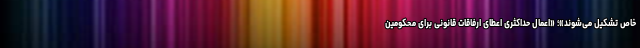
خاص تشکیل می‌شوند»؛ «اعمال حداکثری اعطای ارفاقات قانونی برای محکومین